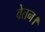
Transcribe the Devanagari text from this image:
वेतन।